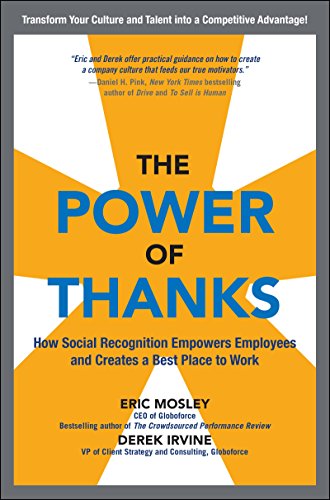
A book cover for The Power of Thanks: How Social Recognition Empowers Employees and Creates a Best Place to Work; Eric Mosley; Business & Money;